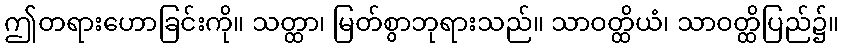
ဤတရားဟောခြင်းကို။ သတ္ထာ၊ မြတ်စွာဘုရားသည်။ သာဝတ္ထိယံ၊ သာဝတ္ထိပြည်၌။